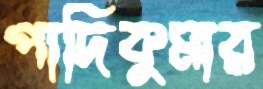
পাদিকুমার